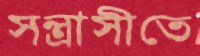
সন্ত্রাসীতে